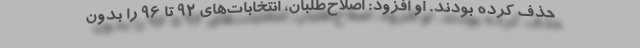
حذف کرده بودند. او افزود: اصلاح‌طلبان، انتخابات‌های 92 تا 96 را بدون